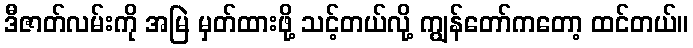
ဒီဇာတ်လမ်းကို အမြဲ မှတ်ထားဖို့ သင့်တယ်လို့ ကျွန်တော်ကတော့ ထင်တယ်။